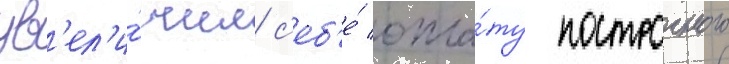
ув'ел'и́чил с'еб'е́ опла́ту построчного